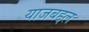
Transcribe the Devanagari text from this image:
याजबद्दल